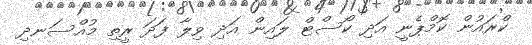
ކްރައުން ކޮމްޕެނީ އަދި ކޯސްޓް ލައިން އަދި ވިލާ ފަދަ ރީތި މުއްސަނދި